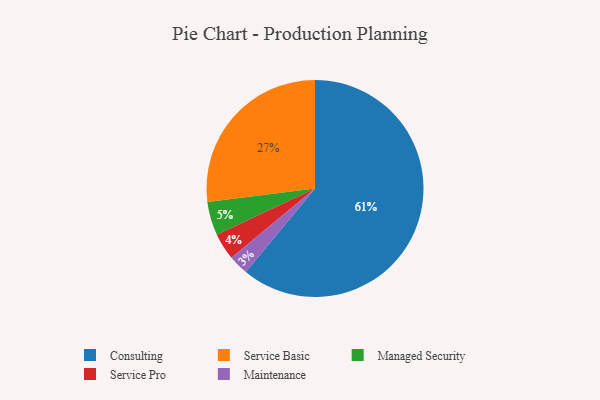
{"axis": {"x": "Category", "y": "Percentage"}, "legend": ["Consulting", "Maintenance", "Managed Security", "Service Basic", "Service Pro"], "data": [{"x": "Maintenance", "y": 3, "type": "Maintenance"}, {"x": "Consulting", "y": 61, "type": "Consulting"}, {"x": "Service Pro", "y": 4, "type": "Service Pro"}, {"x": "Managed Security", "y": 5, "type": "Managed Security"}, {"x": "Service Basic", "y": 27, "type": "Service Basic"}]}